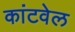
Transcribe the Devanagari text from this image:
कांटवेल